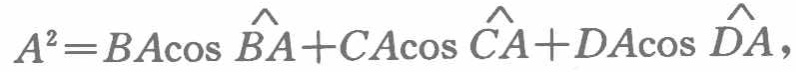
\[A^{2}=BA\cos\hat{BA}+CA\cos\hat{CA}+DA\cos\hat{DA},\]